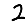
Digit: 2